Report of the Bombay Plague Committee
Disease focus: Plague
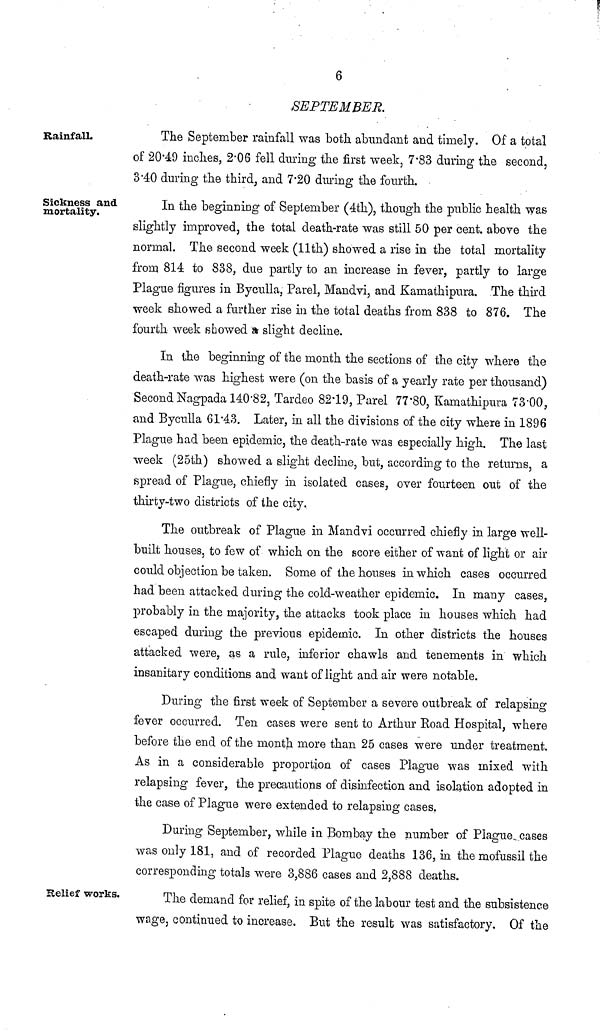
Rainfall.
6
SEPTEMBER.
The September rainfall was both abundant and timely. Of a total
of 20.4.9 inches, 2.06 fell during the first week, 7.83 during the second,
3.40 during the third, and 7.20 during the fourth.
Sickness and
mortality.
In the beginning of September (4th), though the public health was
slightly improved, the total death-rate was still 50 per cent. above the
normal. The second week (11th) showed a rise in the total mortality
from 814 to 838, due partly to an increase in fever, partly to large
Plague figures in Byculla, Parel, Mandvi, and Kamathipura. The third
week showed a further rise in the total deaths from 838 to 876. The
fourth week showed a slight decline.
In the beginning of the month the sections of the city where the
death-rate was highest were (on the basis of a yearly rate per thousand)
Second Nagpada 140.82, Tardeo 82.19, Parel 77.80, Kamathipura 73.00,
and Byculla 61.43. Later, in all the divisions of the city where in 1896
Plague had been epidemic, the death-rate was especially high. The last
week (25th) showed a slight decline, but, according to the returns, a
spread of Plague, chiefly in isolated cases, over fourteen out of the
thirty-two districts of the city.
The outbreak of Plague in Mandvi occurred chiefly in large well-
built houses, to few of which on the score either of want of light or air
could objection be taken. Some of the houses in which cases occurred
had been attacked during the cold-weather epidemic. In many cases,
probably in the majority, the attacks took place in houses which had
escaped during the previous epidemic. In other districts the houses
attacked were, as a rule, inferior chawls and tenements in which
insanitary conditions and want of light and air were notable.
During the first week of September a severe outbreak of relapsing
fever occurred. Ten cases were sent to Arthur Road Hospital, where
before the end of the month more than 25 cases were under treatment.
As in a considerable proportion of cases Plague was mixed with
relapsing fever, the precautions of disinfection and isolation adopted in
the case of Plague were extended to relapsing cases.
During September, while in Bombay the number of Plague cases
was only 181, and of recorded Plague deaths 136, in the mofussil the
corresponding totals were 3,886 cases and 2,888 deaths.
Relief works.
The demand for relief, in spite of the labour test and the subsistence
wage, continued to increase. But the result was satisfactory. Of the